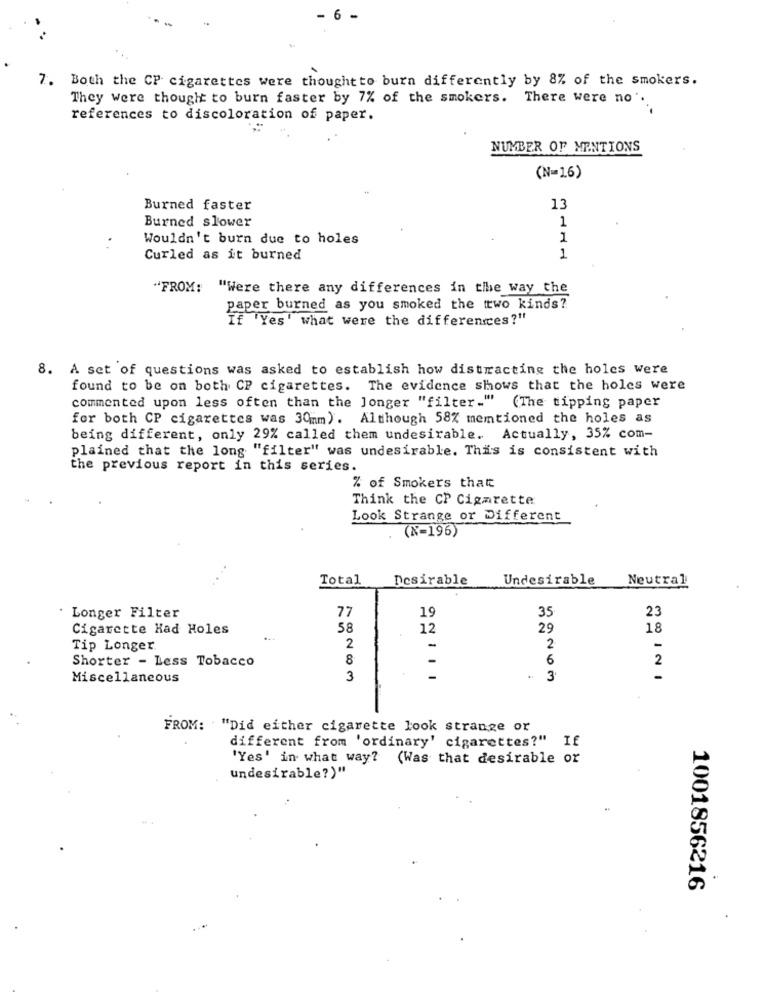
6
7. Both the CP cigarettes were thoughtto burn differently by 8% of the smokers.
They were thought to burn faster by 7% of the smokers. There were no'.
references to discoloration of paper.
NUMBER OF MENTIONS
(N=16)
Burned faster
13
Burned slower
1
Wouldn't burn due to holes
1
Curled as it burned
1
"FROM: "Were there any differences in the way the
paper burned as you smoked the two kinds?
If 'Yes' what were the differences?"
8. A set of questions was asked to establish how distracting the holes were
found to be on both CP cigarettes. The evidence shows that the holes were
commented upon less often than the Jonger "filter." (The tipping paper
for both CP cigarettes was 30mm). Although 58% mentioned the holes as
being different, only 29% called them undesirable. Actually, 35% com-
plained that the long "filter" was undesirable. This is consistent with
the previous report in this series.
% of Smokers that
Think the CP Cigarette
Look Strange or Different
(N=196)
Total
Desirable
Undesirable
Neutral
77
19
35
Longer Filter
23
Cigarette Had Holes
58
12
29
18
Tip Longer.
2
-
2
-
Shorter - Less Tobacco
8
-
6
2
Miscellaneous
3
3
-
FROM: "Did either cigarette look strange or
different from 'ordinary' cigarettes?" If
'Yes' in what way? (Was that desirable or
undesirable?)"
1001856216